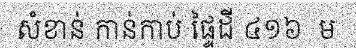
សំខាន់ កាន់កាប់ ផ្ទៃដី ៤១៦  ម